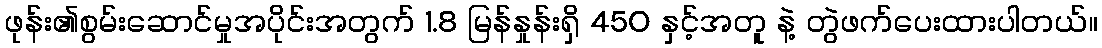
ဖုန်း၏စွမ်းဆောင်မှုအပိုင်းအတွက် 1.8 မြန်နှုန်းရှိ 450 နှင့်အတူ နဲ့ တွဲဖက်ပေးထားပါတယ်။